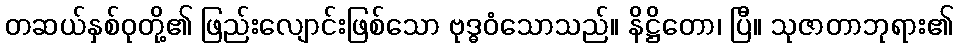
တဆယ်နှစ်ဝုတို့၏ ဖြည်းလျောင်းဖြစ်သော ဗုဒ္ဓဝံသောသည်။ နိဋ္ဌိတော၊ ပြီ။ သုဇာတာဘုရား၏